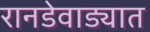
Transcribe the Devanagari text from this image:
रानडेवाड्यात